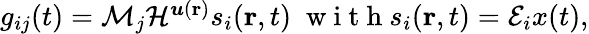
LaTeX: \begin{array}{r}{g_{ij}(t)=\mathcal{M}_{j}{\mathcal{H}}^{\boldsymbol{u}(\textbf{r})}s_{i}(\textbf{r},t)\; \mathrm{~w~i~t~h~}s_{i}(\textbf{r},t)=\mathcal{E}_{i}x(t),}\end{array}